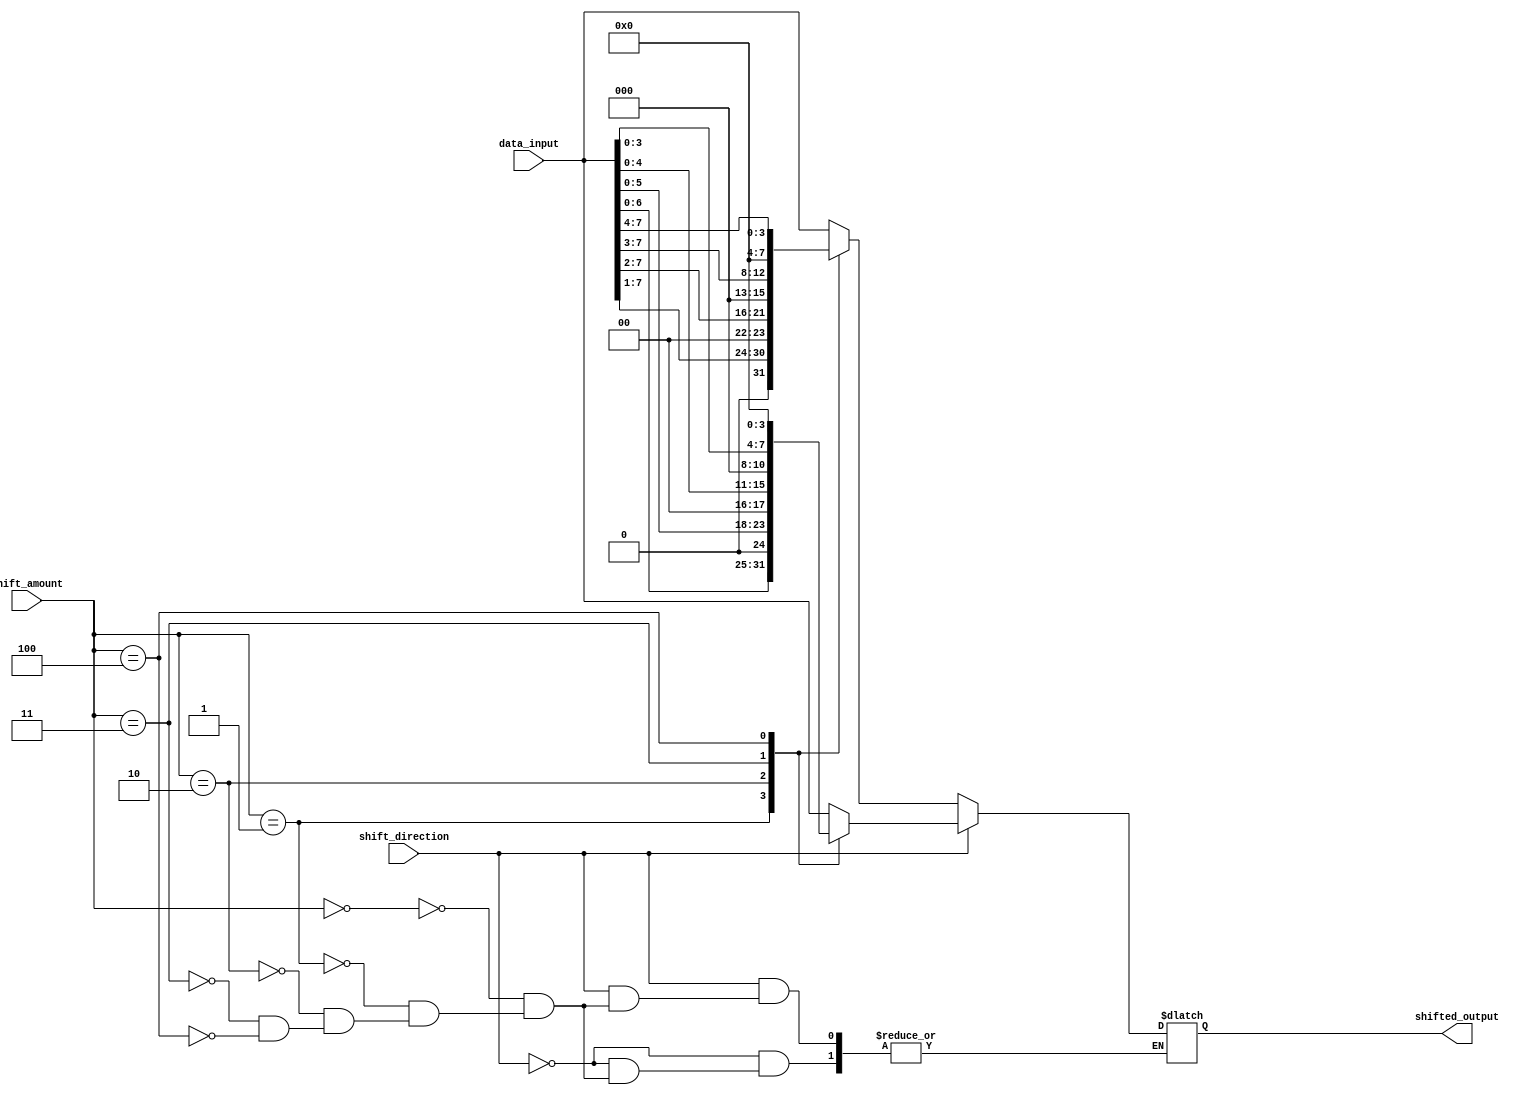
module Hybrid_Barrel_Shifter(
    input [7:0] data_input,
    input [2:0] shift_amount,
    input shift_direction,
    output [7:0] shifted_output
);

reg [7:0] output_temp;

always @(*) begin
    case(shift_direction)
        1'b0: // Arithmetic shifting to the right
            begin
                case(shift_amount)
                    3'b000: output_temp = data_input; // No shift
                    3'b001: output_temp = data_input >> 1; // Shift right by 1
                    3'b010: output_temp = data_input >> 2; // Shift right by 2
                    3'b011: output_temp = data_input >> 3; // Shift right by 3
                    3'b100: output_temp = data_input >> 4; // Shift right by 4
                    // Add more cases for additional shift amounts
                endcase
            end
        1'b1: // Barrel shifting to the left
            begin
                case(shift_amount)
                    3'b000: output_temp = data_input; // No shift
                    3'b001: output_temp = data_input << 1; // Shift left by 1
                    3'b010: output_temp = data_input << 2; // Shift left by 2
                    3'b011: output_temp = data_input << 3; // Shift left by 3
                    3'b100: output_temp = data_input << 4; // Shift left by 4
                    // Add more cases for additional shift amounts
                endcase
            end
    endcase
end

assign shifted_output = output_temp;

endmodule